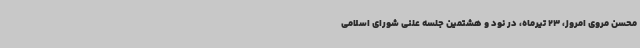
محسن مروی امروز، 23 تیرماه، در نود و هشتمین جلسه علنی شورای اسلامی